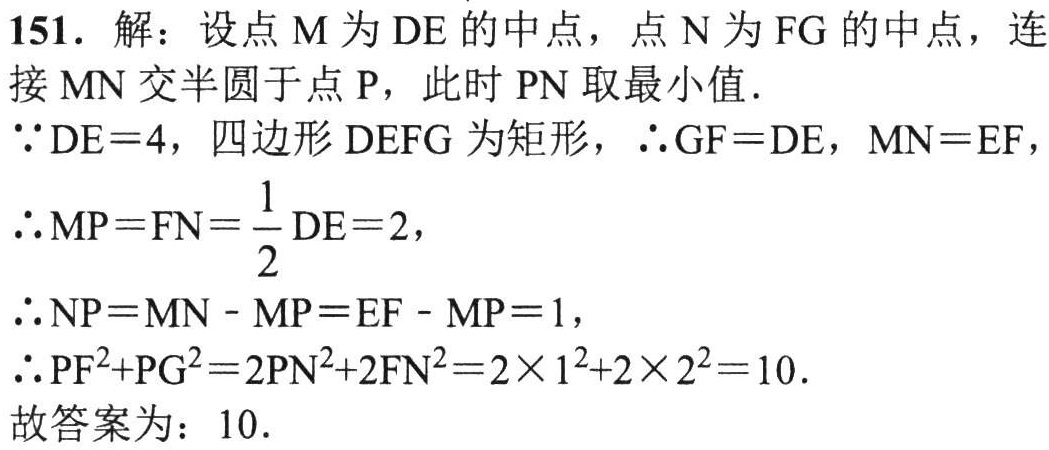
151. 解：设点\(M\)为\(DE\)的中点，点\(N\)为\(FG\)的中点，连
接\(MN\)交半圆于点\(P\)，此时\(PN\)取最小值.
\(\because DE = 4\)，四边形\(DEFG\)为矩形，\(\therefore GF = DE\)，\(MN = EF\)，
\(\therefore MP = FN=\frac{1}{2}DE = 2\)，
\(\therefore NP = MN - MP = EF - MP = 1\)，
\(\therefore PF^{2}+PG^{2}=2PN^{2}+2FN^{2}=2\times1^{2}+2\times2^{2}=10.\)
故答案为：\(10\).